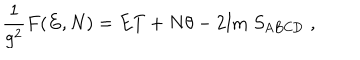
LaTeX: \frac { 1 } { g ^ { 2 } } F ( E , N ) = E T + N \theta - 2 \mathrm { I m } \; S _ { \mathrm { A B C D } } \; ,